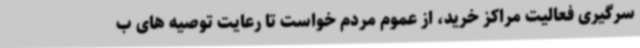
سرگیری فعالیت مراکز خرید، از عموم مردم خواست تا رعایت توصیه های ب